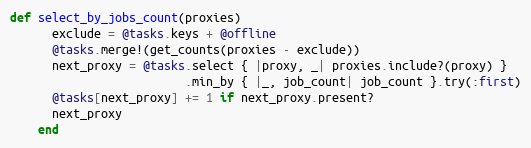
Language: Ruby
def select_by_jobs_count(proxies)
      exclude = @tasks.keys + @offline
      @tasks.merge!(get_counts(proxies - exclude))
      next_proxy = @tasks.select { |proxy, _| proxies.include?(proxy) }
                         .min_by { |_, job_count| job_count }.try(:first)
      @tasks[next_proxy] += 1 if next_proxy.present?
      next_proxy
    end